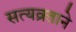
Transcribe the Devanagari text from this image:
सत्यव्रताने